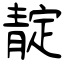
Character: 靛